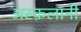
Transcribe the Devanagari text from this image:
अस्क़लानी